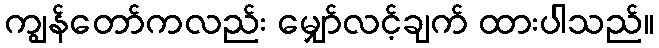
ကျွန်တော်ကလည်း မျှော်လင့်ချက် ထားပါသည်။